Annual report on the working of the lock hospitals in the Central Provinces
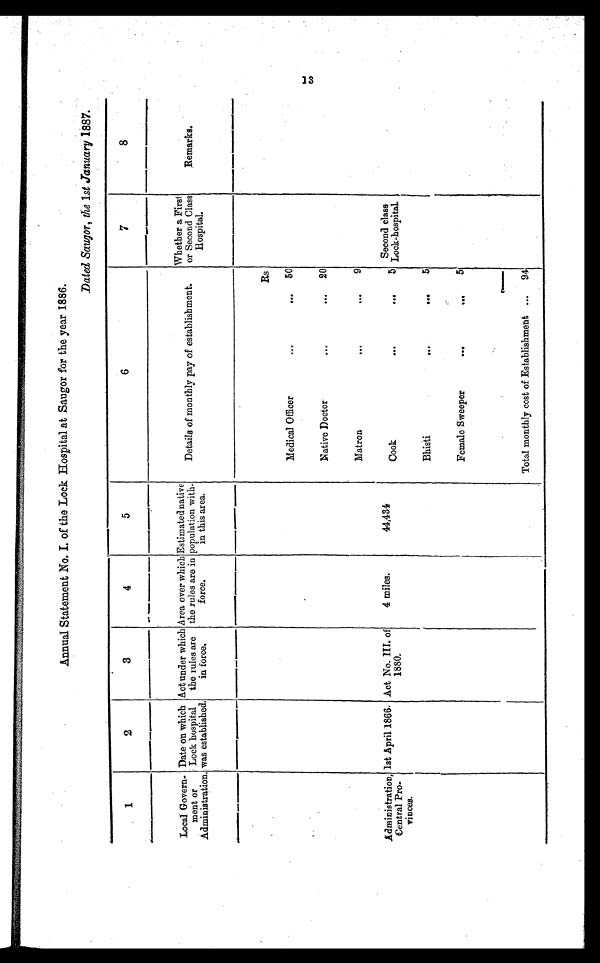
Annual Statement No. I. of the Lock Hospital at Saugor for the year 1886.
Dated Saugor, the 1st January 1887.
1
2
3
4
5
6
7
8
Local Govern-
ment or
Administration.
Date on which
Lock hospital
was established.
Act under which
the rules are
in force
.
Area over which
the rules are in
force.
Estimated native
population with-
in this area.
Details of monthly pay of establishment.
Whether a First
or Second Class
Hospital.
Remarks.
Rs
Medical Officer
...
...
50
Native Doctor
...
...
20
Matron
... ...
9
Administration,
Central Pro-
vinces.
1st April 1866. Act No. III. of
1880.
4 miles.
44,434
C o o k . . . . . . 5 Second class
Lock-hospital.
Bhisti
...
...5
Female Sweeper
...
...
5
Total monthly cost of Establishment ...
94
13